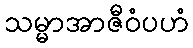
သမ္မာအာဇီဝံပဟံ